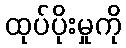
ထုပ်ပိုးမှုကို